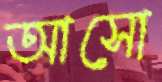
আসো